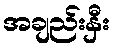
အချည်းနှီး